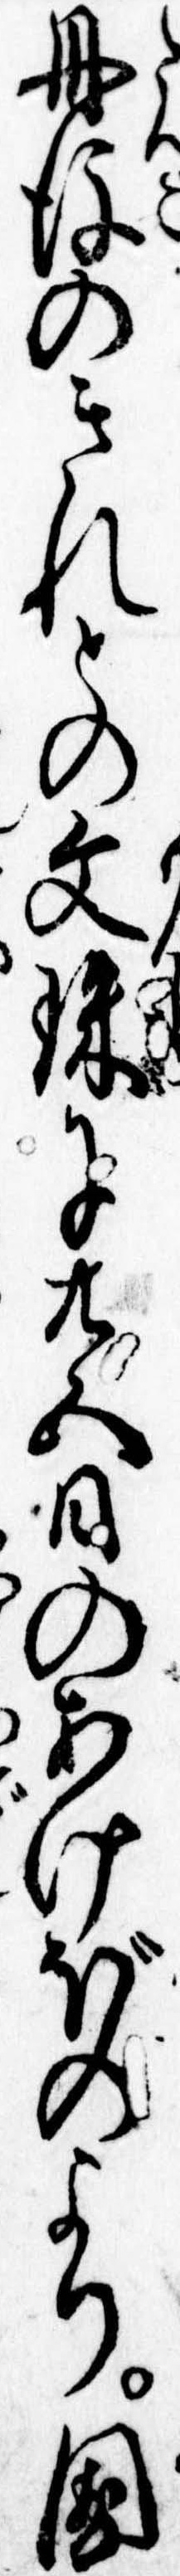
丹後のきれとの文珠に廿五日のあけぼのより国